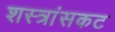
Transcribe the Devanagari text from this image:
शस्त्रांसकट